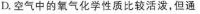
D.空气中的氧气化学性质比较活泼，但通